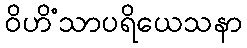
ဝိဟိံသာပရိယေသနာ